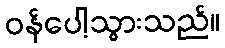
ဝန်ပေါ့သွားသည်။